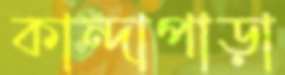
কান্দাপাড়া